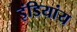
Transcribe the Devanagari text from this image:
इंडियांय